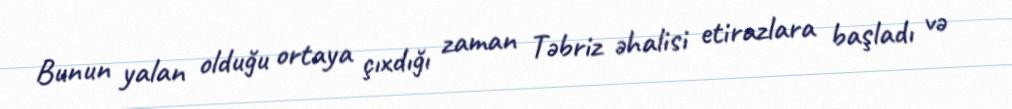
Bunun yalan olduğu ortaya çıxdığı zaman Təbriz əhalisi etirazlara başladı və